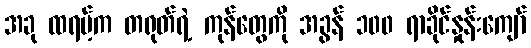
အခု ထရမ့်က တရုတ်ရဲ့ ကုန်တွေကို အခွန် ၁၀၀ ရာခိုင်နှုန်းကျော်